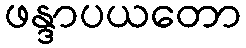
ဖန္ဒာပယတော